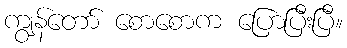
ကျွန်တော် စောစောက ပြောပြီးပြီ။